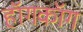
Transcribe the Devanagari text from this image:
हॉगकॉग